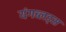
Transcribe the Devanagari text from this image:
यंगब्लड्स